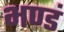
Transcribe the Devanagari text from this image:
भण्डं